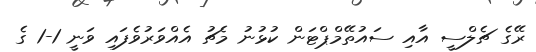
ރޭގެ ޗެލްސީ އާއި ސައުތޭމްޕްޓަން ކުޅުނު މެޗު އެއްވަރުވެފައި ވަނީ 1-1 ގެ